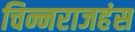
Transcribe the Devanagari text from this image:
चिन्नराजहंस